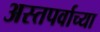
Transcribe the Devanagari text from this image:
अस्तपर्वाच्या